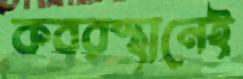
কবরস্থানেই